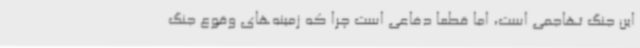
این جنگ تهاجمی است، اما قطعاً دفاعی است چرا که زمینه‌های وقوع جنگ